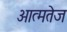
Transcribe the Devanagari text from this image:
आत्मतेज